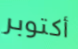
أكتوبر